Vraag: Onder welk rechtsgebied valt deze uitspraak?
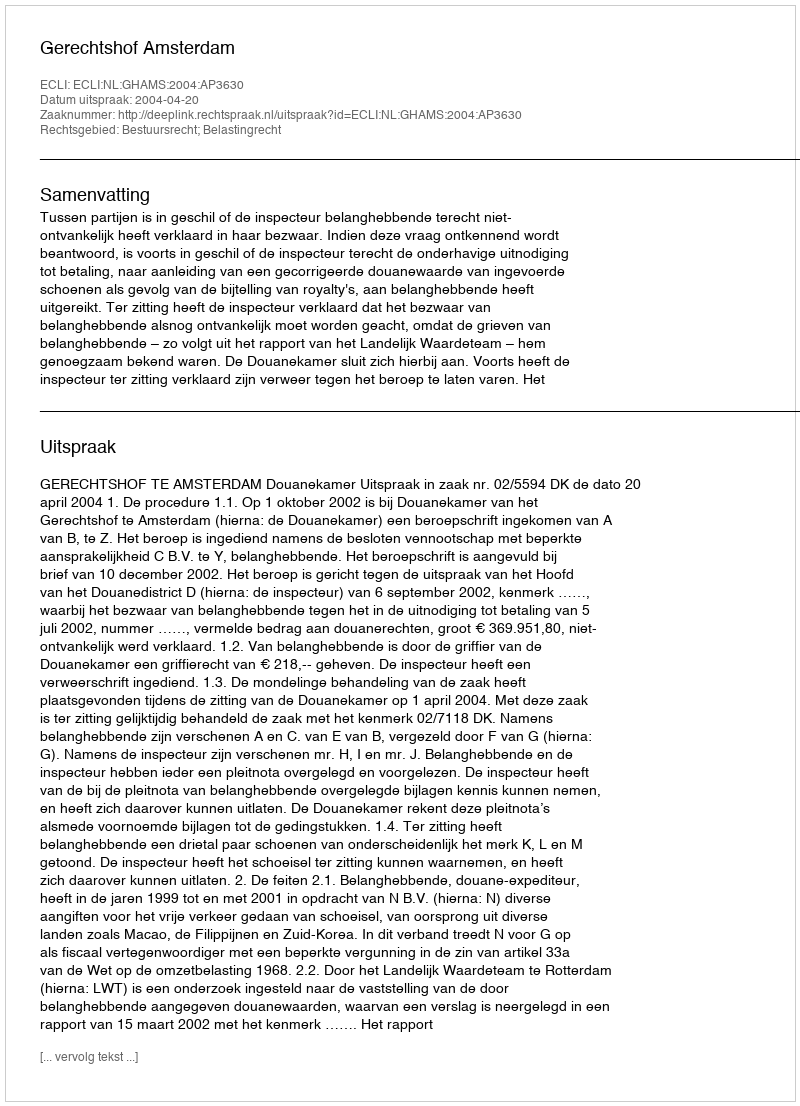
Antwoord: Bestuursrecht; Belastingrecht